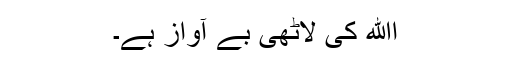
اﷲ کی لاٹھی بے آواز ہے۔